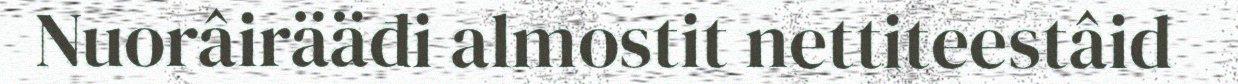
Nuorâirääđi almostit nettiteestâid